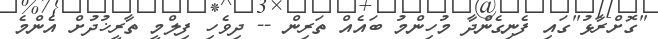
"ގޮށްރާޅު"ގައި ފެނިގެންދާ މުހިންމު ބައެއް ތަރިން -- ދިވެހި ފިލްމީ ތާރީޚުދުށް އެންމެ